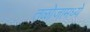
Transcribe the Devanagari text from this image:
तळोजामध्ये